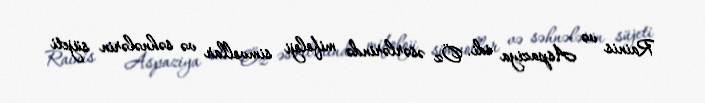
Rainis və Aspaziya idi. Öz əsərlərində mifoloji simvollar və səhnələrin süjeti